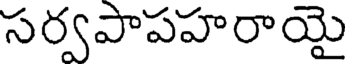
సర్వపాపహరాయై